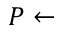
P \leftarrow